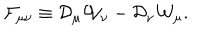
{ \cal F } _ { \mu \nu } \equiv { \cal D } _ { \mu } { \cal W } _ { \nu } - { \cal D } _ { \nu } { \cal W } _ { \mu } .